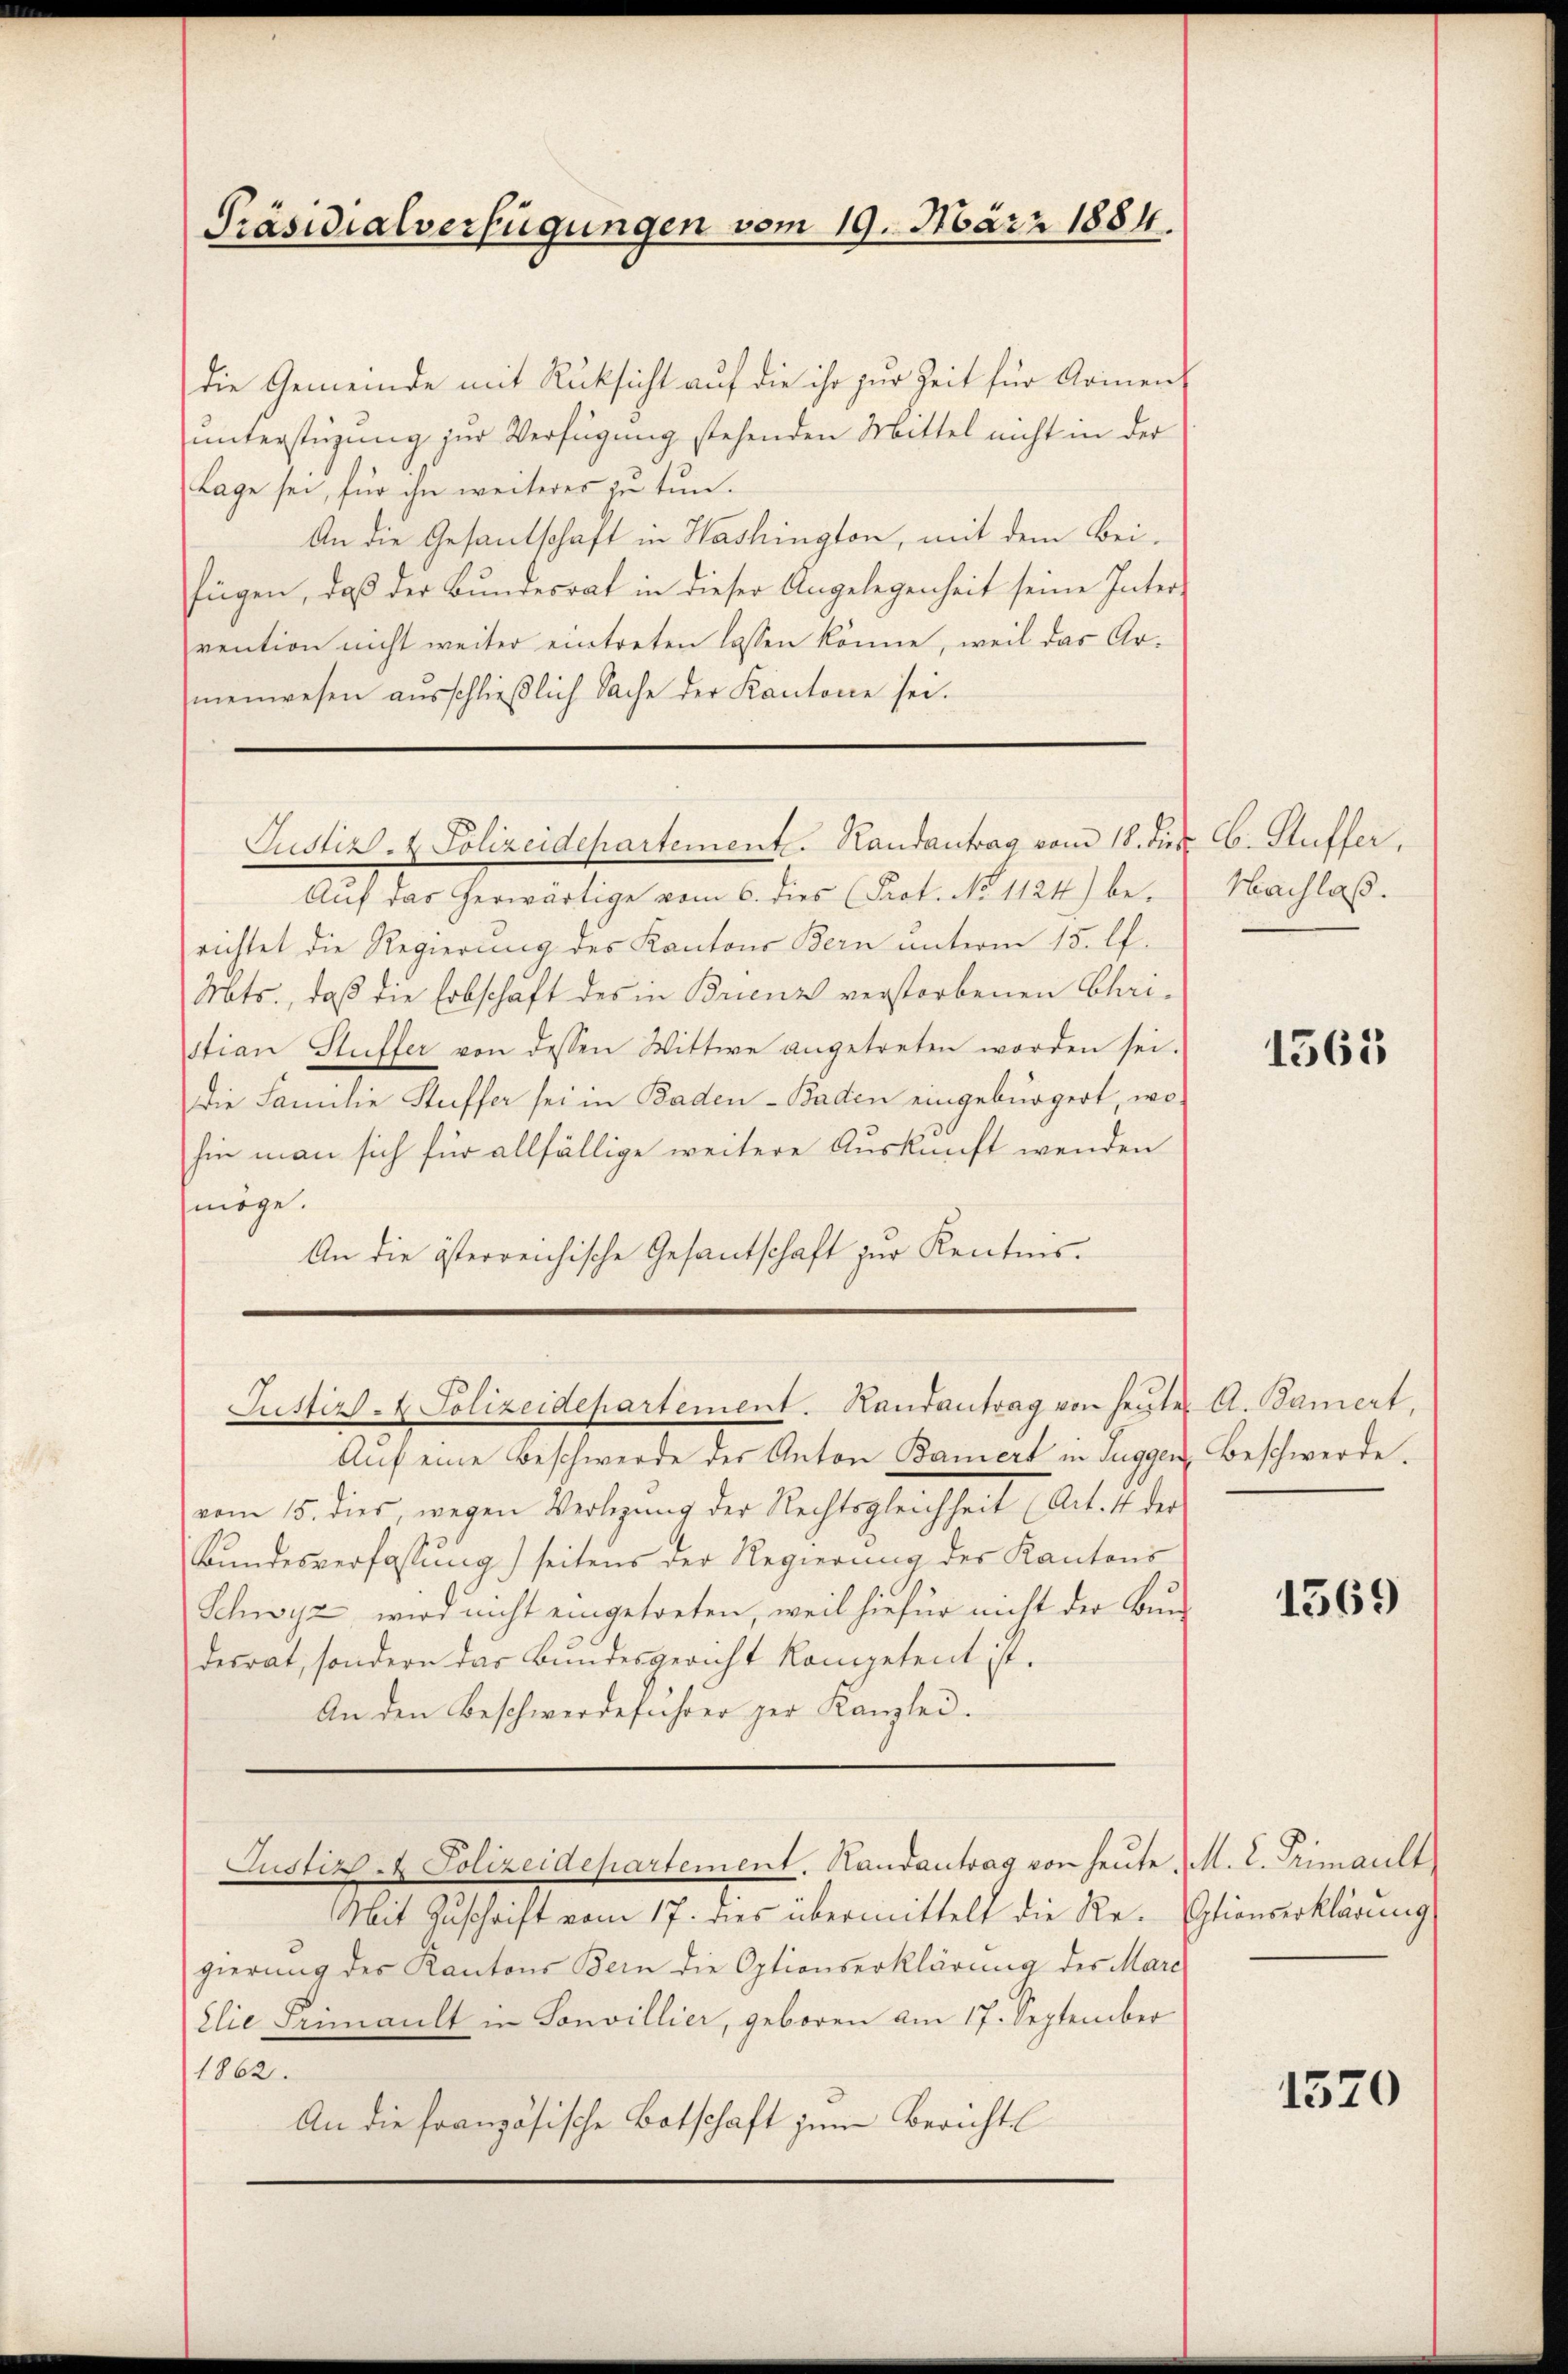
die Gemeinde mit Rüksicht auf die ihr zur Zeit für Armen
unterstüzung zur Verfügung stehenden Mittel nicht in der
Lage sei, für ihn weiteres zu tun.
An die Gesandschaft in Washington, mit dem Beifügen, daß der Bundesrat in dieser Angelegenheit seine Inter-
vention nicht weiter eintreten lassen könne, weil das Armenwesen ausschließlich Sache der Kantone sei.

Auf das herwärtige vom 6. dies (Prot. No 1124) berichtet die Regierung des Kantons Bern unterm 15. l.
Mts., daß die Erbschaft des in Brienz verstorbenen Chri-
stian Stüffer von dessen Wittwe angetreten worden sei.
Die Familie Stuffer sei in Baden - Baden eingebürgert, wo
hin man sich für allfällige weitere Auskunft wenden
möge.
An die österreichische Gesantschaft zur Kenntnis.

Präsidialverfügungen vom 19. März 1884.

Justiz- & Polizeidepartement. Randantrag vom 18. des C. Stuffer,

Justiz - Polizeidepartement. Landantrag von heute A. Bamiert,

Justiz- & Polizeidepartement. Handantrag von heute M. L. Primault

Auf eine Beschwerde des Anton Bamiert in Tuggen
vom 15. dies, wegen Verlegung der Rechtsgleichheit (Art. 1 des
Bundesverfassung) seitens der Regierung des Kantons
Schwyz, wird nicht eingetreten, weil hiefür nicht der Bundesrat, sondern das Bundesgericht kompetent ist.
An den Beschwerdeführer der Kanzlei.

Mit Zuschrift vom 17. dies übermittelt die Re-Eptionserklärung
gierung des Kantons Bern die Optionserklärung der Mari
Elie Primault in Sonvillier, geboren am 17. September
1862.
An die französische Botschaft zum Berichts

Nachlaß.

1565

Beschwerde.

1569

1520